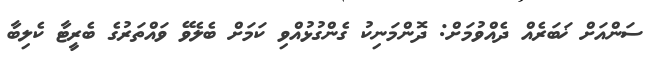
ސަންއަށް ޚަބަރެއް ދެއްވުމަށް: ދޮންމަނިކު ގެންގުޅުއްވި ކަމަށް ބެލެވޭ ވައްތަރުގެ ބެރީޓާ ކެލިބާ